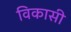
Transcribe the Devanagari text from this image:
विकासी